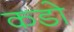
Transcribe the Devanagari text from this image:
कडो